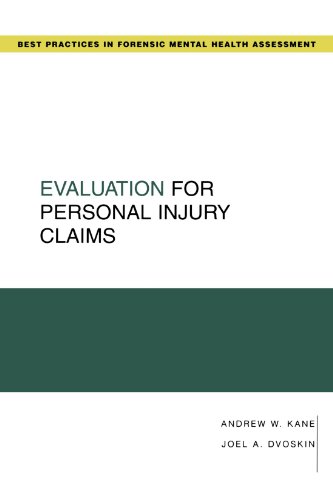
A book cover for Evaluation for Personal Injury Claims (Best Practices for Forensic Mental Health Assessments); Andrew W. Kane; Law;